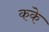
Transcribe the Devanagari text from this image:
कके